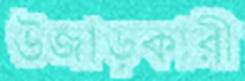
উজাড়কারী